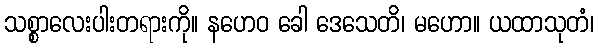
သစ္စာလေးပါးတရားကို။ နဟေဝ ခေါ ဒေသေတိ၊ မဟော။ ယထာသုတံ၊